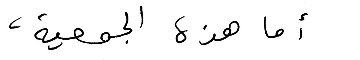
أما هذه الجمعية،